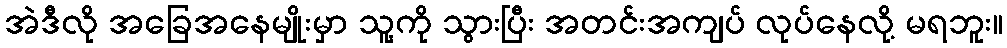
အဲဒီလို အခြေအနေမျိုးမှာ သူ့ကို သွားပြီး အတင်းအကျပ် လုပ်နေလို့ မရဘူး။